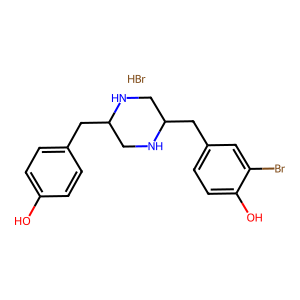
SMILES: Br.Oc1ccc(CC2CNC(Cc3ccc(O)c(Br)c3)CN2)cc1
Inhibits HIV replication: No